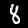
Digit: 8